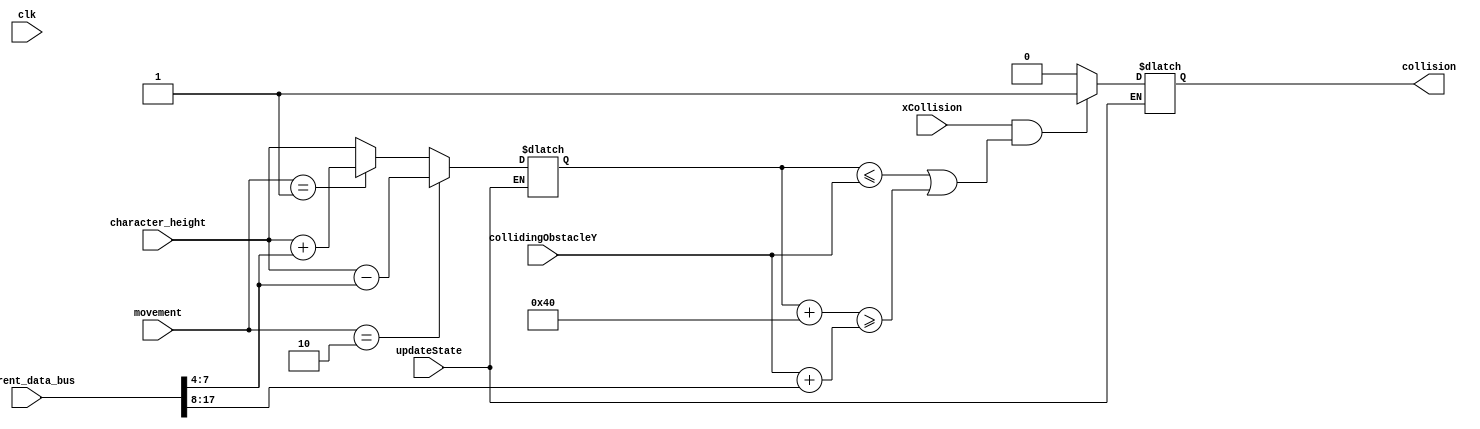
`timescale 1ns / 1ps
//////////////////////////////////////////////////////////////////////////////////
// Company: 
// Engineer: 
// 
// Design Name: 
// Module Name: CollisionDetection
// Project Name: 
// Target Devices: 
// Tool Versions: 
// Description: 
// 
// Dependencies: 
// 
// Revision:
// Revision 0.01 - File Created
// Additional Comments:
// 
//////////////////////////////////////////////////////////////////////////////////
module CollisionDetection(
    input clk,
    input [9:0] character_height,
    input [9:0] collidingObstacleY,
    input [30:0] current_data_bus,
    input [1:0] movement,
    input updateState,
    input xCollision,
    output reg collision);
    
    wire [3:0] character_y_speed;
    wire [3:0] character_x_speed;
    wire [9:0] wall_distance;
    reg [9:0] next_height;
    
    assign character_y_speed = current_data_bus[7:4];
    assign character_x_speed = current_data_bus[3:0];
    assign wall_distance = current_data_bus[17:8];
    
    //current height for character is the top of their box
    parameter characterSize = 64;
    
    always @(*) begin
        if (updateState) begin
            next_height <= movement==2 ? character_height - character_y_speed : (movement==1 ? character_height + character_y_speed : character_height);
            //needs a && xCollision term 
            if (xCollision && (((next_height <= collidingObstacleY) || ((next_height+characterSize) >= (collidingObstacleY + wall_distance))))) begin
                collision <= 1;
            end
            else 
                collision <= 0;
        end
    end
endmodule